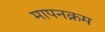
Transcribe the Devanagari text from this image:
मापनक्रम